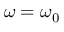
\omega = \omega _ { 0 }